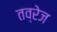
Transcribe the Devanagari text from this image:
तव्रेज